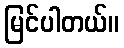
မြင်ပါတယ်။